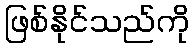
ဖြစ်နိုင်သည်ကို